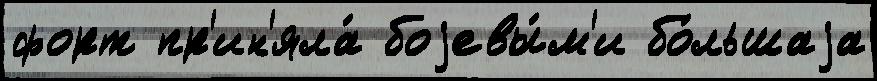
форт пр'ин'яла́ боjевы́м'и бо́льшаjа